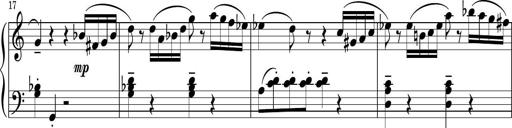
Title: Sonatina PandemÃ³nium
Composer: VÃ­ctor Carbajo
Key: C major